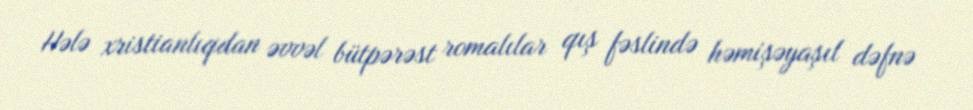
Hələ xristianlıqdan əvvəl bütpərəst romalılar qış fəslində həmişəyaşıl dəfnə